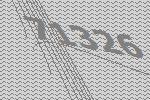
71326